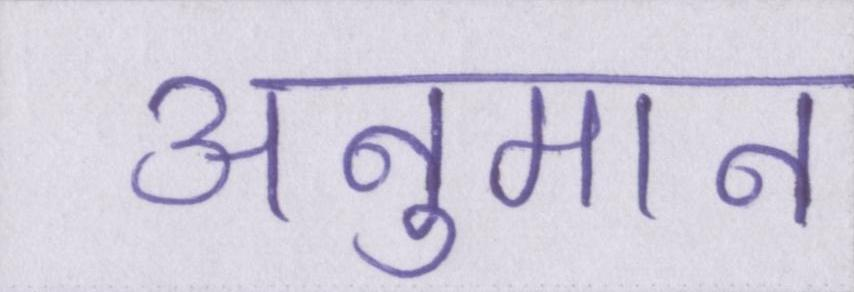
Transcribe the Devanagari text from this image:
अनुमान